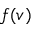
f ( v )